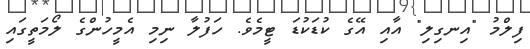
ފިލްމު "އިނގިލި" އާއި އޭގެ ކުޑަކުޑަ ޓީމެވެ. ހަފުލާ ނިމި އެމީހުންގެ ލޯމަތީގައި